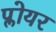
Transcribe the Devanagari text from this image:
प्लोयर